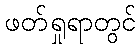
ဖတ်ရှုရာတွင်